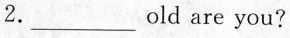
2._________old are you?